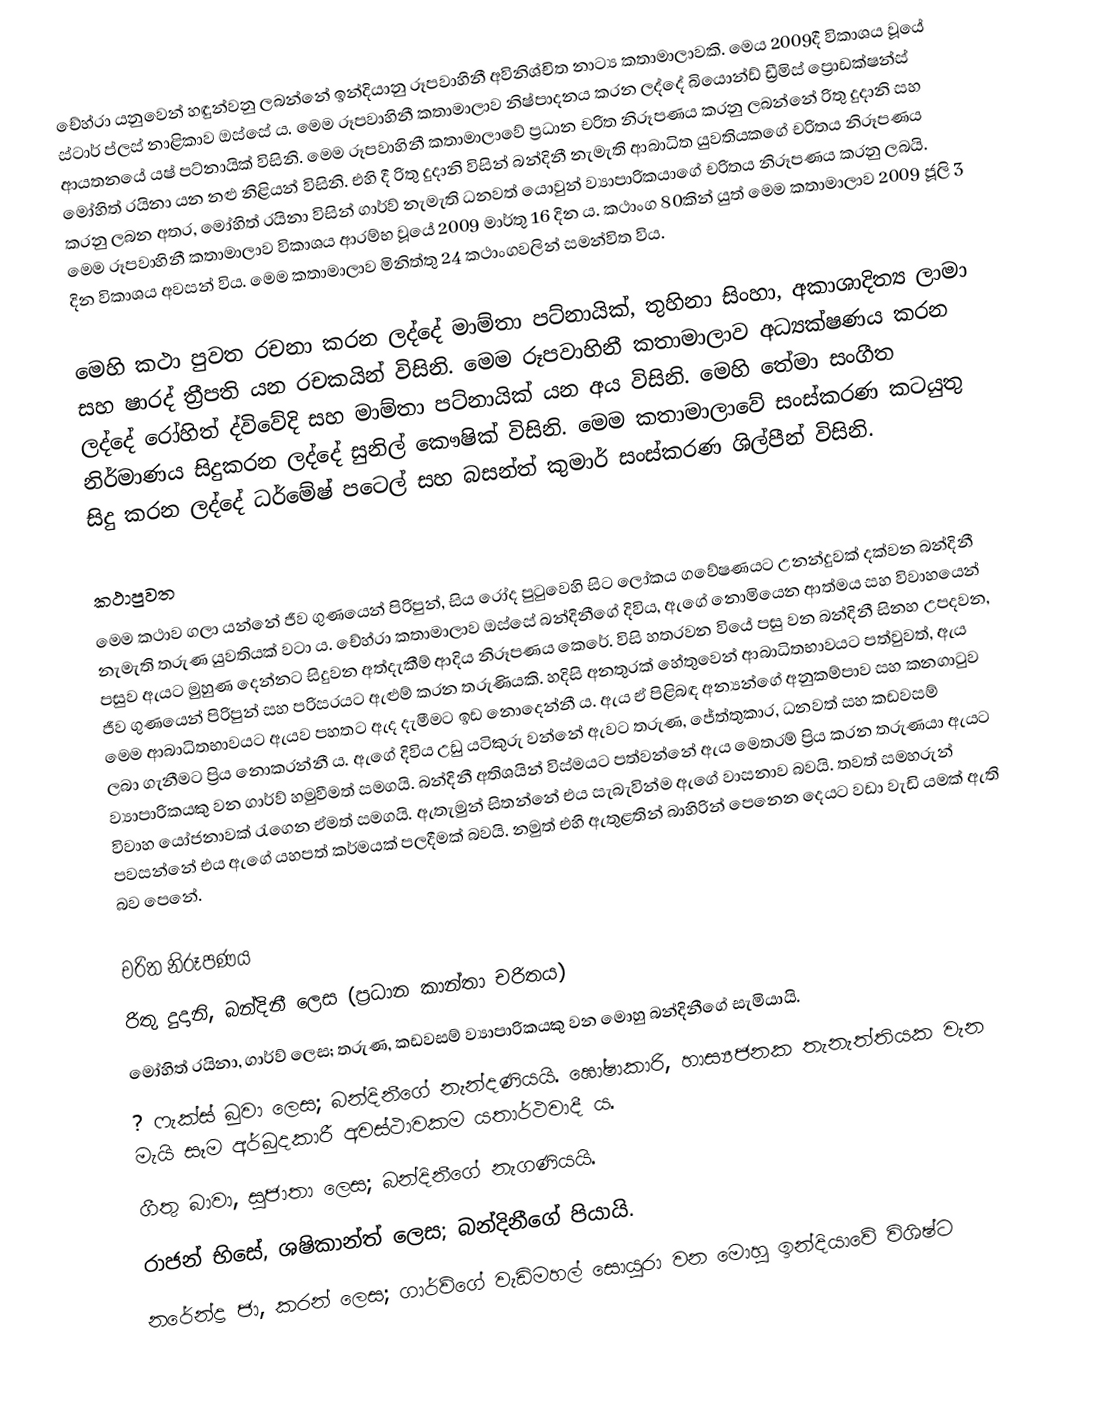
චේහ්රා යනුවෙන් හඳුන්වනු ලබන්නේ ඉන්දියානු රූපවාහිනී අවිනිශ්චිත නාට්‍ය කතාමාලාවකි. මෙය 2009දී විකාශය වූයේ ස්ටාර් ප්ලස් නාළිකාව ඔස්සේ ය. මෙම රූපවාහිනී කතාමාලාව නිෂ්පාදනය කරන ලද්දේ බියොන්ඩ් ඩ්‍රීමිස් ප්‍රොඩක්ෂන්ස් ආයතනයේ යෂ් පට්නායික් විසිනි. මෙම රූපවාහිනී කතාමාලාවේ ප්‍රධාන චරිත නිරූපණය කරනු ලබන්නේ රිතු දුදානි සහ මෝහිත් රයිනා යන නළු නිළියන් විසිනි. එහි දී රිතු දුදානි විසින් බන්දිනී නැමැති ආබාධිත යුවතියකගේ චරිතය නිරූපණය කරනු ලබන අතර, මෝහිත් රයිනා විසින් ගාර්ව් නැමැති ධනවත් යොවුන් ව්‍යාපාරිකයාගේ චරිතය නිරූපණය කරනු ලබයි. මෙම රූපවාහිනී කතාමාලාව විකාශය ආරම්භ වූයේ 2009 මාර්තු 16 දින ය. කථාංග 80කින් යුත් මෙම කතාමාලාව 2009 ජූලි 3 දින විකාශය අවසන් විය. මෙම කතාමාලාව මිනිත්තු 24 කථාංගවලින් සමන්විත විය.

මෙහි කථා පුවත රචනා කරන ලද්දේ මාම්තා පට්නායික්, තුහිනා සිංහා, අකාශාදිත්‍ය ලාමා සහ ෂාරද් ත්‍රීපති යන රචකයින් විසිනි. මෙම රූපවාහිනී කතාමාලාව අධ්‍යක්ෂණය කරන ලද්දේ රෝහිත් ද්විවේදි සහ මාම්තා පට්නායික් යන අය විසිනි. මෙහි තේමා සංගීත නිර්මාණය සිදුකරන ලද්දේ සුනිල් කෞෂික් විසිනි. මෙම කතාමාලාවේ සංස්කරණ කටයුතු සිදු කරන ලද්දේ ධර්මේෂ් පටෙල් සහ බසන්ත් කුමාර් සංස්කරණ ශිල්පීන් විසිනි.

කථාපුවත
මෙම කථාව ගලා යන්නේ ජීව ගුණයෙන් පිරිපුන්, සිය රෝද පුටුවෙහි සිට ලෝකය ගවේෂණයට උනන්දුවක් දක්වන බන්දිනී නැමැති තරුණ යුවතියක් වටා ය. චේහ්රා කතාමාලාව ඔස්සේ බන්දිනීගේ දිවිය, ඇගේ නොමියෙන ආත්මය සහ විවාහයෙන් පසුව ඇයට මුහුණ දෙන්නට සිදුවන අත්දැකීම් ආදිය නිරූපණය කෙරේ. විසි හතරවන වියේ පසු වන බන්දිනී සිනහ උපදවන, ජීව ගුණයෙන් පිරිපුන් සහ පරිසරයට ඇළුම් කරන තරුණියකි. හදිසි අනතුරක් හේතුවෙන් ආබාධිතභාවයට පත්වුවත්, ඇය මෙම ආබාධිතභාවයට ඇයව පහතට ඇද දැමීමට ඉඩ නොදෙන්නී ය. ඇය ඒ පිළිබඳ අන්‍යන්ගේ අනුකම්පාව සහ කනගාටුව ලබා ගැනීමට ප්‍රිය නොකරන්නී ය. ඇගේ දිවිය උඩු යටිකුරු වන්නේ ඇවට තරුණ, ජේත්තුකාර, ධනවත් සහ කඩවසම් ව්‍යාපාරිකයකු වන ගාර්ව් හමුවීමත් සමගයි. බන්දිනී අතිශයින් විස්මයට පත්වන්නේ ඇය මෙතරම් ප්‍රිය කරන තරුණයා ඇයට විවාහ යෝජනාවක් රැගෙන ඒමත් සමගයි. ඇතැමුන් සිතන්නේ එය සැබැවින්ම ඇගේ වාසනාව බවයි. තවත් සමහරුන් පවසන්නේ එය ඇගේ යහපත් කර්මයක් පලදීමක් බවයි. නමුත් එහි ‍ඇතුළතින් බාහිරින් පෙනෙන දෙයට වඩා වැඩි යමක් ඇති බව පෙනේ.

චරිත නිරූපණය
රිතු දුදානි, බන්දිනී ලෙස (ප්‍රධාන කාන්තා චරිතය)
මෝහිත් රයිනා, ගාර්ව් ලෙස; තරුණ, කඩවසම් ව්‍යාපාරිකයකු වන මොහු බන්දිනීගේ සැමියායි.
 ?  ෆැක්ස් බුවා ලෙස; බන්දිනීගේ නැන්දණියයි. ඝෝෂාකාරි, හාස්‍යජනක තැනැත්තියක වැන මැයි සෑම අර්බුදකාරී අවස්ථාවකම යතාර්ථවාදී ය.
ගීතු බාවා, සුජාතා ලෙස; බන්දිනීගේ නැගණියයි.
රාජන් භිසේ, ශෂිකාන්ත් ලෙස; බන්දිනීගේ පියායි.
නරේන්ද්‍ර ජා, කරන් ලෙස; ගාර්ව්ගේ වැඩිමහල් සොයුරා වන මොහු ඉන්දියාවේ විශිෂ්ට